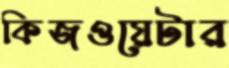
কিজওয়েটার